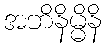
အဘိနိမ္မိနိ